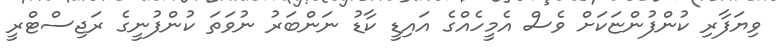
ވިޔަފާރި ކުންފުންޏަކަށް ވެސް އެމީހެއްގެ އައިޑީ ކާޑު ނަންބަރު ނުވަތަ ކުންފުނީގެ ރަޖިސްޓްރީ